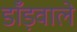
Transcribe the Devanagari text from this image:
डाँड़वाले